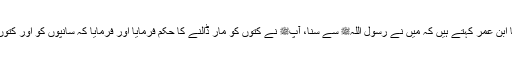
1497: سیدنا ابن عمرؓ کہتے ہیں کہ میں نے رسول اللہﷺ سے سنا، آپﷺ نے کتوں کو مار ڈالنے کا حکم فرمایا اور فرمایا کہ سانپوں کو اور کتوں کو مار ڈالو۔